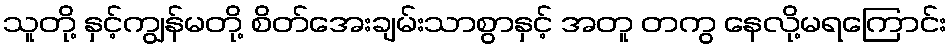
သူတို့ နှင့်ကျွန်မတို့ စိတ်အေးချမ်းသာစွာနှင့် အတူ တကွ နေလို့မရကြောင်း